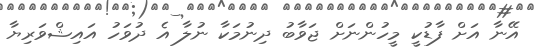
އޭނާ އަށް ފާޑުކީ މީހުންނަށް ޖަވާބު ދިނުމަކާ ނުލާ އެ ދުވަހު އައިޝްވަރިޔާ